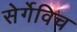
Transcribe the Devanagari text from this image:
सेर्गेविच